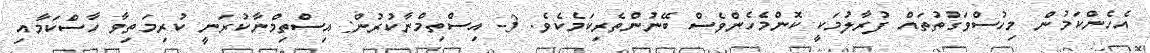
އެހެންކަމުން މިހުސްވަގުތުތައް ފުރާލުމަކީ ކޮންމެހެންވެސް ބޭނުންތެރިކަމެކެވެ. 3- އިސްތިމްނާކުރުން: އިސްތިމްނާކުރަނީ ކުރިމަތިވާ ހާސްކަމާއި